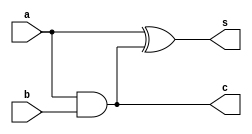
module ha(a,b,s,c);
    input a,b;
    output s,c;

    assign s = a ^ c;
    assign c = a & b;
endmodule

module ha_tb;
    reg a,b;
    wire s,c;

    ha ha_i(a,b,s,c);

    initial begin
        $dumpfile("ha.vcd");
        $dumpvars(0,s,c,a,b);
        $monitor("%t: a = %b, b = %b, s = %b, c= %b",$time,a,b,s,c);
    end

    initial begin
        a = 1'b0; b=1'b1;
        #10 a=1'b1;
        #10 b=1'b0;
        #10 a =1'b0;
        #10 $finish;
    end
endmodule